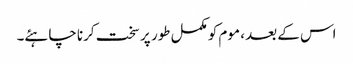
اس کے بعد ، موم کو مکمل طور پر سخت کرنا چاہئے۔